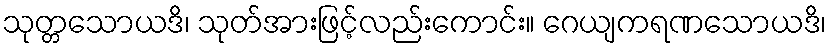
သုတ္တသောယဒိ၊ သုတ်အားဖြင့်လည်းကောင်း။ ဂေယျကရဏသောယဒိ၊